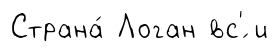
Страна́ Логан вс'́ и